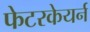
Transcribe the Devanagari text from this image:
फेटरकेयर्न